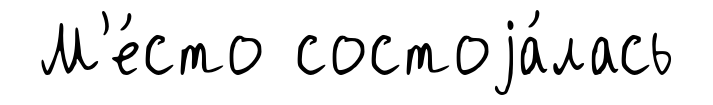
М'е́сто состоjа́лась